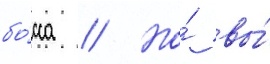
бо́сса // Но́ вы́